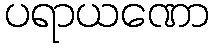
ပရာယဏော